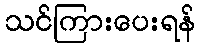
သင်ကြားပေးရန်